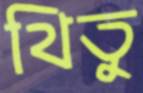
থিতু